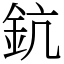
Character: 鈧